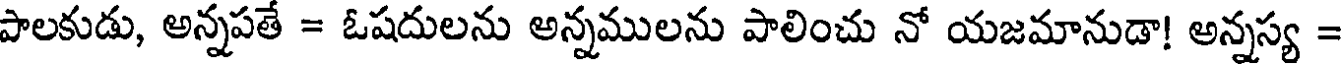
పాలకుడు, అన్నపతే = ఓషదులను అన్నములను పాలించు నో యజమానుడా! అన్నస్య =